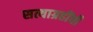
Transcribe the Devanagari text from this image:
सत्याग्रहींची